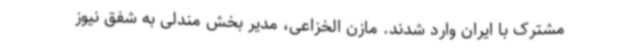
مشترک با ایران وارد شدند. مازن الخزاعی، مدیر بخش مندلی به شفق نیوز